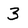
Character: 3